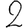
Digit: 2